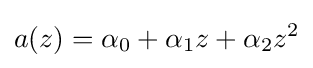
a(z)={\alpha }_{0}+{\alpha }_{1}z+{\alpha }_{2}z^{2}